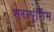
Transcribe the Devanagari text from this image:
शरत्पूर्णिम